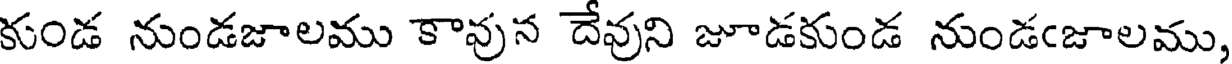
కుండ నుండజాలము కావున దేవుని జూడకుండ నుండఁజాలము,